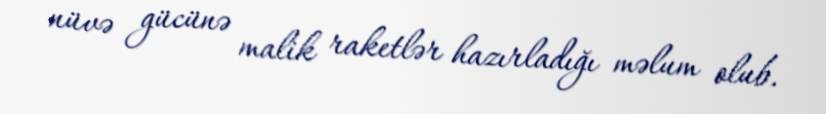
nüvə gücünə malik raketlər hazırladığı məlum olub.